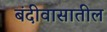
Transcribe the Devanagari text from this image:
बंदीवासातील